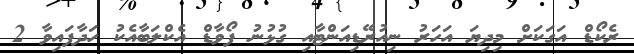
ރެކޯޑް އަގަކަށް މިދިޔަ އަހަރު ނިއުރޭޑިއަންޓާއި ގުޅުނު ފޯވާޑް އެކްލަބާއެކު ހަދާފައިވާ 2